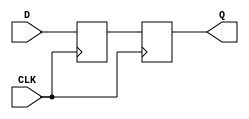
module TwoFFMetastabilityDetector (
    input wire CLK,   // Local clock signal
    input wire D,     // Asynchronous input signal
    output reg Q      // Stable output signal
);

    // Internal signals
    reg ff1_output;   // Output of the first flip-flop

    // First Flip-Flop: samples the asynchronous input signal
    always @(posedge CLK) begin
        ff1_output <= D;
    end

    // Second Flip-Flop: samples the output of the first flip-flop
    always @(posedge CLK) begin
        Q <= ff1_output;
    end

endmodule